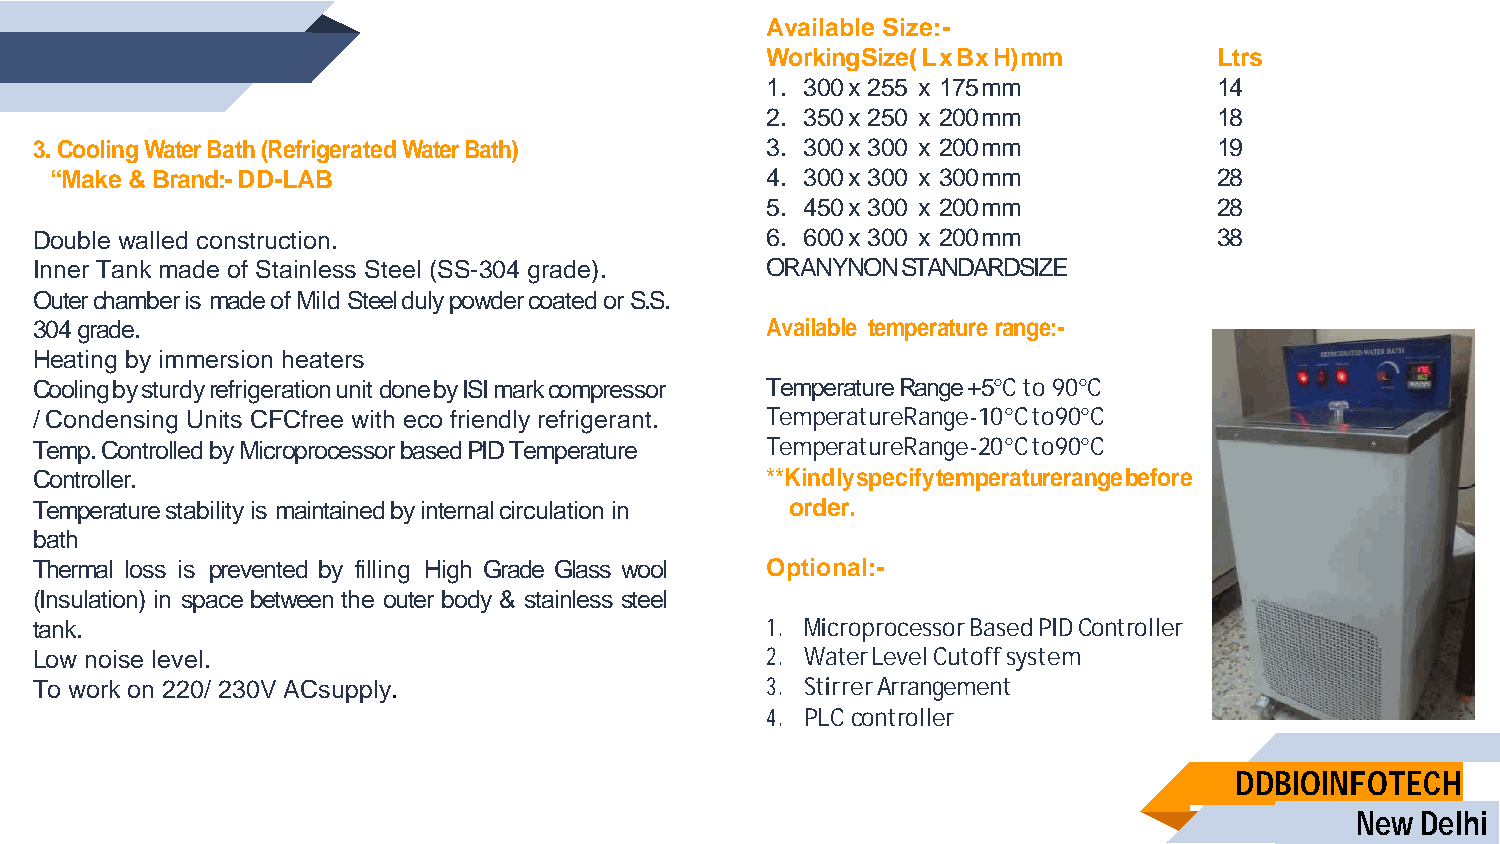
Available Size:-
 Working Size ( L x Bx H) mm   Ltrs
 1. 300 x 255 x 175 mm         14
 2. 350 x 250 x 200 mm         18
 3. Cooling Water Bath (Refrigerated Water Bath)  3. 300 x 300 x 200 mm         19
 “Make & Brand:- DD-LAB                          4. 300 x 300 x 300 mm         28
 5. 450 x 300 x 200 mm         28
 Double walled construction.                      6. 600 x 300 x 200 mm         38
 Inner Tank made of Stainless Steel (SS-304 grade). ORANYNON STANDARDSIZE
 Outer chamber is made of Mild Steel duly powder coated or S.S.
 304 grade.                                       Available temperature range:-
 Heating by immersion heaters
 Cooling by sturdy refrigeration unit done by ISI mark compressor Temperature Range +5°C to 90°C
 / Condensing Units CFCfree with eco friendly refrigerant. Temperature Range -10 °C to 90°C
 Temp. Controlled by Microprocessor based PID Temperature Temperature Range -20 °C to 90°C
 Controller.                                      **Kindly specify temperature range before
 Temperature stability is maintained by internal circulation in order.
 bath
 Thermal loss is prevented by filling High Grade Glass wool Optional:-
 (Insulation) in space between the outer body & stainless steel
 tank.                                            1. Microprocessor Based PID Controller
 Low noise level.                                 2. Water Level Cutoff system
 To work on 220/ 230V ACsupply.                   3. Stirrer Arrangement
 4. PLC controller
 DDBIOINFOTECH
 New Delhi